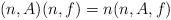
LaTeX: \begin{align*}(n,A)(n,f) = n(n,A,f)\end{align*}